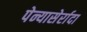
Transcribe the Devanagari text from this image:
पेन्यासेर्रादा